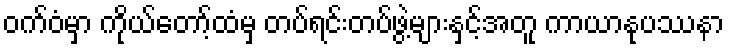
ဝက်ဝံမှာ ကိုယ်တော့်ထံမှ တပ်ရင်းတပ်ဖွဲ့များနှင့်အတူ ကာယာနုပဿနာ